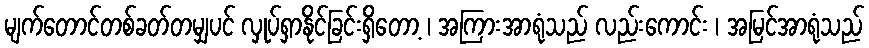
မျက်တောင်တစ်ခတ်တမျှပင် လှုပ်ရှာနိုင်ခြင်းရှိတော့ ၊ အကြားအာရုံသည် လည်းကောင်း ၊ အမြင်အာရုံသည်